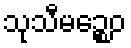
သုသီမဉ္စေဝ